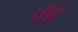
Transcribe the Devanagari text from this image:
प्रीट